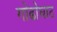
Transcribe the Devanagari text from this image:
गोढोघाट